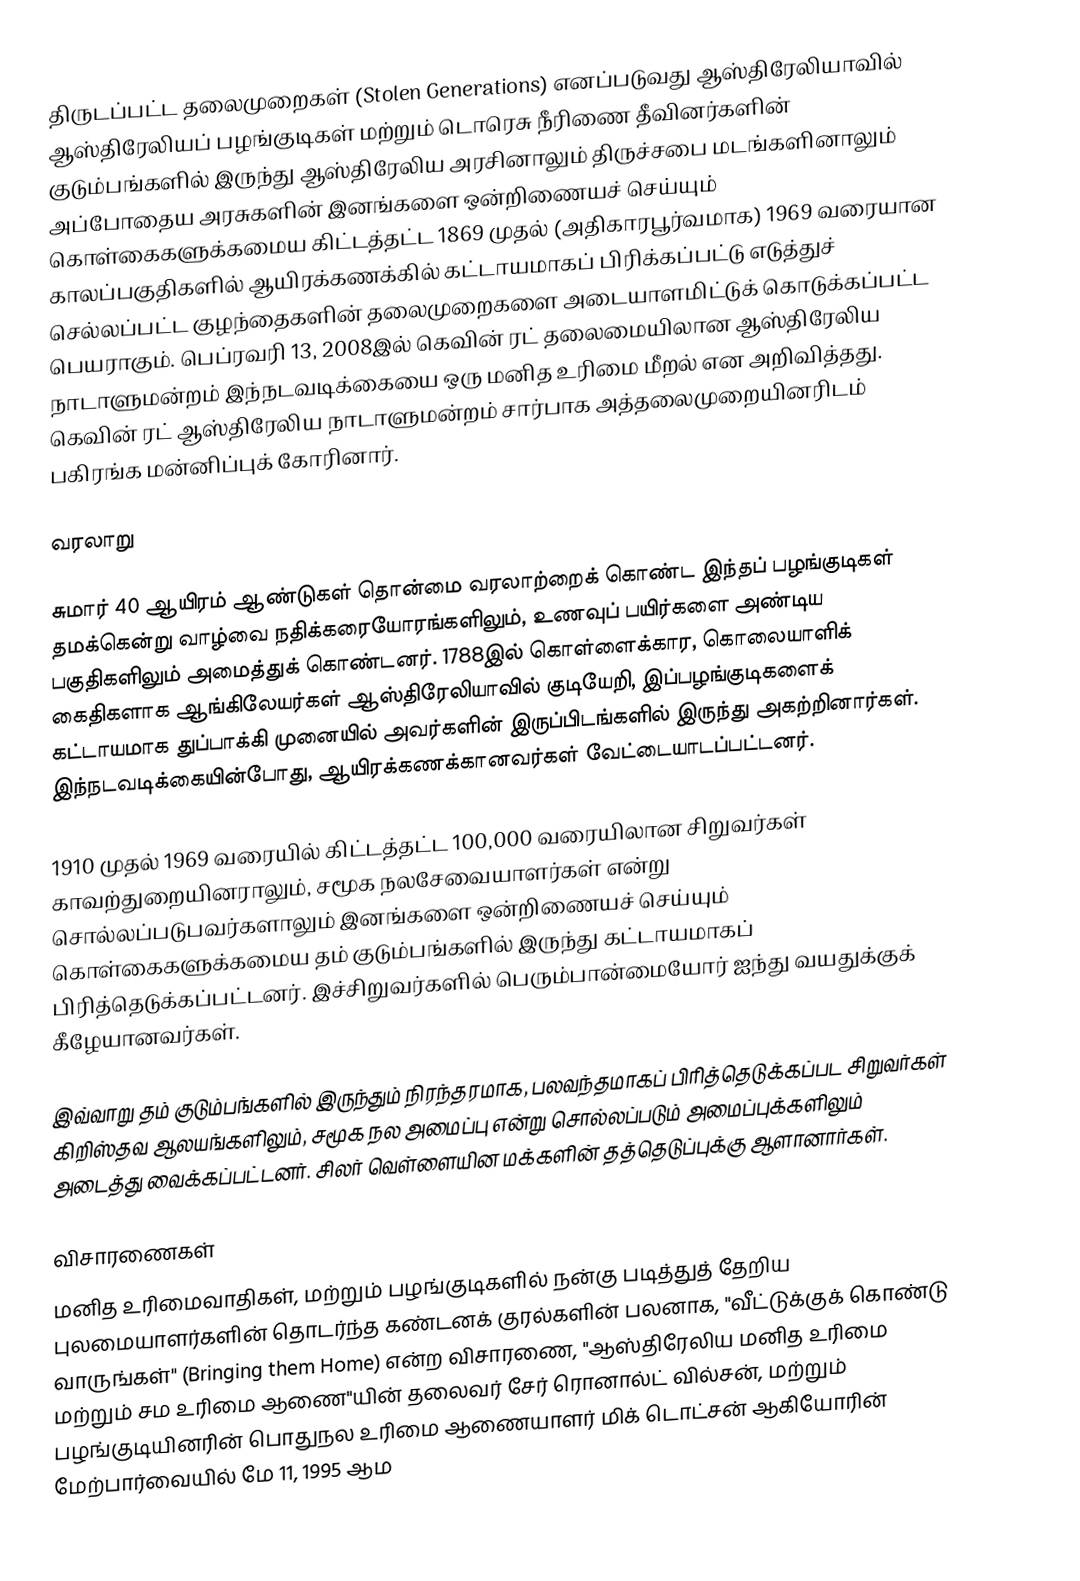
திருடப்பட்ட தலைமுறைகள் (Stolen Generations) எனப்படுவது ஆஸ்திரேலியாவில் ஆஸ்திரேலியப் பழங்குடிகள் மற்றும் டொரெசு நீரிணை தீவினர்களின் குடும்பங்களில் இருந்து ஆஸ்திரேலிய அரசினாலும் திருச்சபை மடங்களினாலும் அப்போதைய அரசுகளின் இனங்களை ஒன்றிணையச் செய்யும் கொள்கைகளுக்கமைய கிட்டத்தட்ட 1869 முதல் (அதிகாரபூர்வமாக) 1969 வரையான காலப்பகுதிகளில் ஆயிரக்கணக்கில் கட்டாயமாகப் பிரிக்கப்பட்டு எடுத்துச் செல்லப்பட்ட குழந்தைகளின் தலைமுறைகளை அடையாளமிட்டுக் கொடுக்கப்பட்ட பெயராகும். பெப்ரவரி 13, 2008இல் கெவின் ரட் தலைமையிலான ஆஸ்திரேலிய நாடாளுமன்றம் இந்நடவடிக்கையை ஒரு மனித உரிமை மீறல் என அறிவித்தது. கெவின் ரட் ஆஸ்திரேலிய நாடாளுமன்றம் சார்பாக அத்தலைமுறையினரிடம் பகிரங்க மன்னிப்புக் கோரினார்.

வரலாறு

சுமார் 40 ஆயிரம் ஆண்டுகள் தொன்மை வரலாற்றைக் கொண்ட இந்தப் பழங்குடிகள் தமக்கென்று வாழ்வை நதிக்கரையோரங்களிலும், உணவுப் பயிர்களை அண்டிய பகுதிகளிலும் அமைத்துக் கொண்டனர். 1788இல் கொள்ளைக்கார, கொலையாளிக் கைதிகளாக ஆங்கிலேயர்கள் ஆஸ்திரேலியாவில் குடியேறி, இப்பழங்குடிகளைக் கட்டாயமாக துப்பாக்கி முனையில் அவர்களின் இருப்பிடங்களில் இருந்து அகற்றினார்கள். இந்நடவடிக்கையின்போது, ஆயிரக்கணக்கானவர்கள் வேட்டையாடப்பட்டனர்.

1910 முதல் 1969 வரையில் கிட்டத்தட்ட 100,000 வரையிலான சிறுவர்கள் காவற்துறையினராலும், சமூக நலசேவையாளர்கள் என்று சொல்லப்படுபவர்களாலும் இனங்களை ஒன்றிணையச் செய்யும் கொள்கைகளுக்கமைய தம் குடும்பங்களில் இருந்து கட்டாயமாகப் பிரித்தெடுக்கப்பட்டனர். இச்சிறுவர்களில் பெரும்பான்மையோர் ஐந்து வயதுக்குக் கீழேயானவர்கள்.

இவ்வாறு தம் குடும்பங்களில் இருந்தும் நிரந்தரமாக, பலவந்தமாகப் பிரித்தெடுக்கப்பட சிறுவர்கள் கிறிஸ்தவ ஆலயங்களிலும், சமூக நல அமைப்பு என்று சொல்லப்படும் அமைப்புக்களிலும் அடைத்து வைக்கப்பட்டனர். சிலர் வெள்ளையின மக்களின் தத்தெடுப்புக்கு ஆளானார்கள்.

விசாரணைகள்
மனித உரிமைவாதிகள், மற்றும் பழங்குடிகளில் நன்கு படித்துத் தேறிய புலமையாளர்களின் தொடர்ந்த கண்டனக் குரல்களின் பலனாக, "வீட்டுக்குக் கொண்டு வாருங்கள்" (Bringing them Home) என்ற விசாரணை, "ஆஸ்திரேலிய மனித உரிமை மற்றும் சம உரிமை ஆணை"யின் தலைவர் சேர் ரொனால்ட் வில்சன், மற்றும் பழங்குடியினரின் பொதுநல உரிமை ஆணையாளர் மிக் டொட்சன் ஆகியோரின் மேற்பார்வையில் மே 11, 1995 ஆம